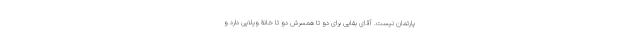
پارتمان نیست. آقای بقایی برای دو تا همسرش دو تا خانۀ ویلایی دارد و